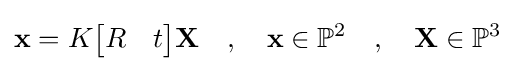
\mathbf {x} =K{\begin{bmatrix}R&t\end{bmatrix}}\mathbf {X} \quad ,\quad \mathbf {x} \in \mathbb {P} ^{2}\quad ,\quad \mathbf {X} \in \mathbb {P} ^{3}